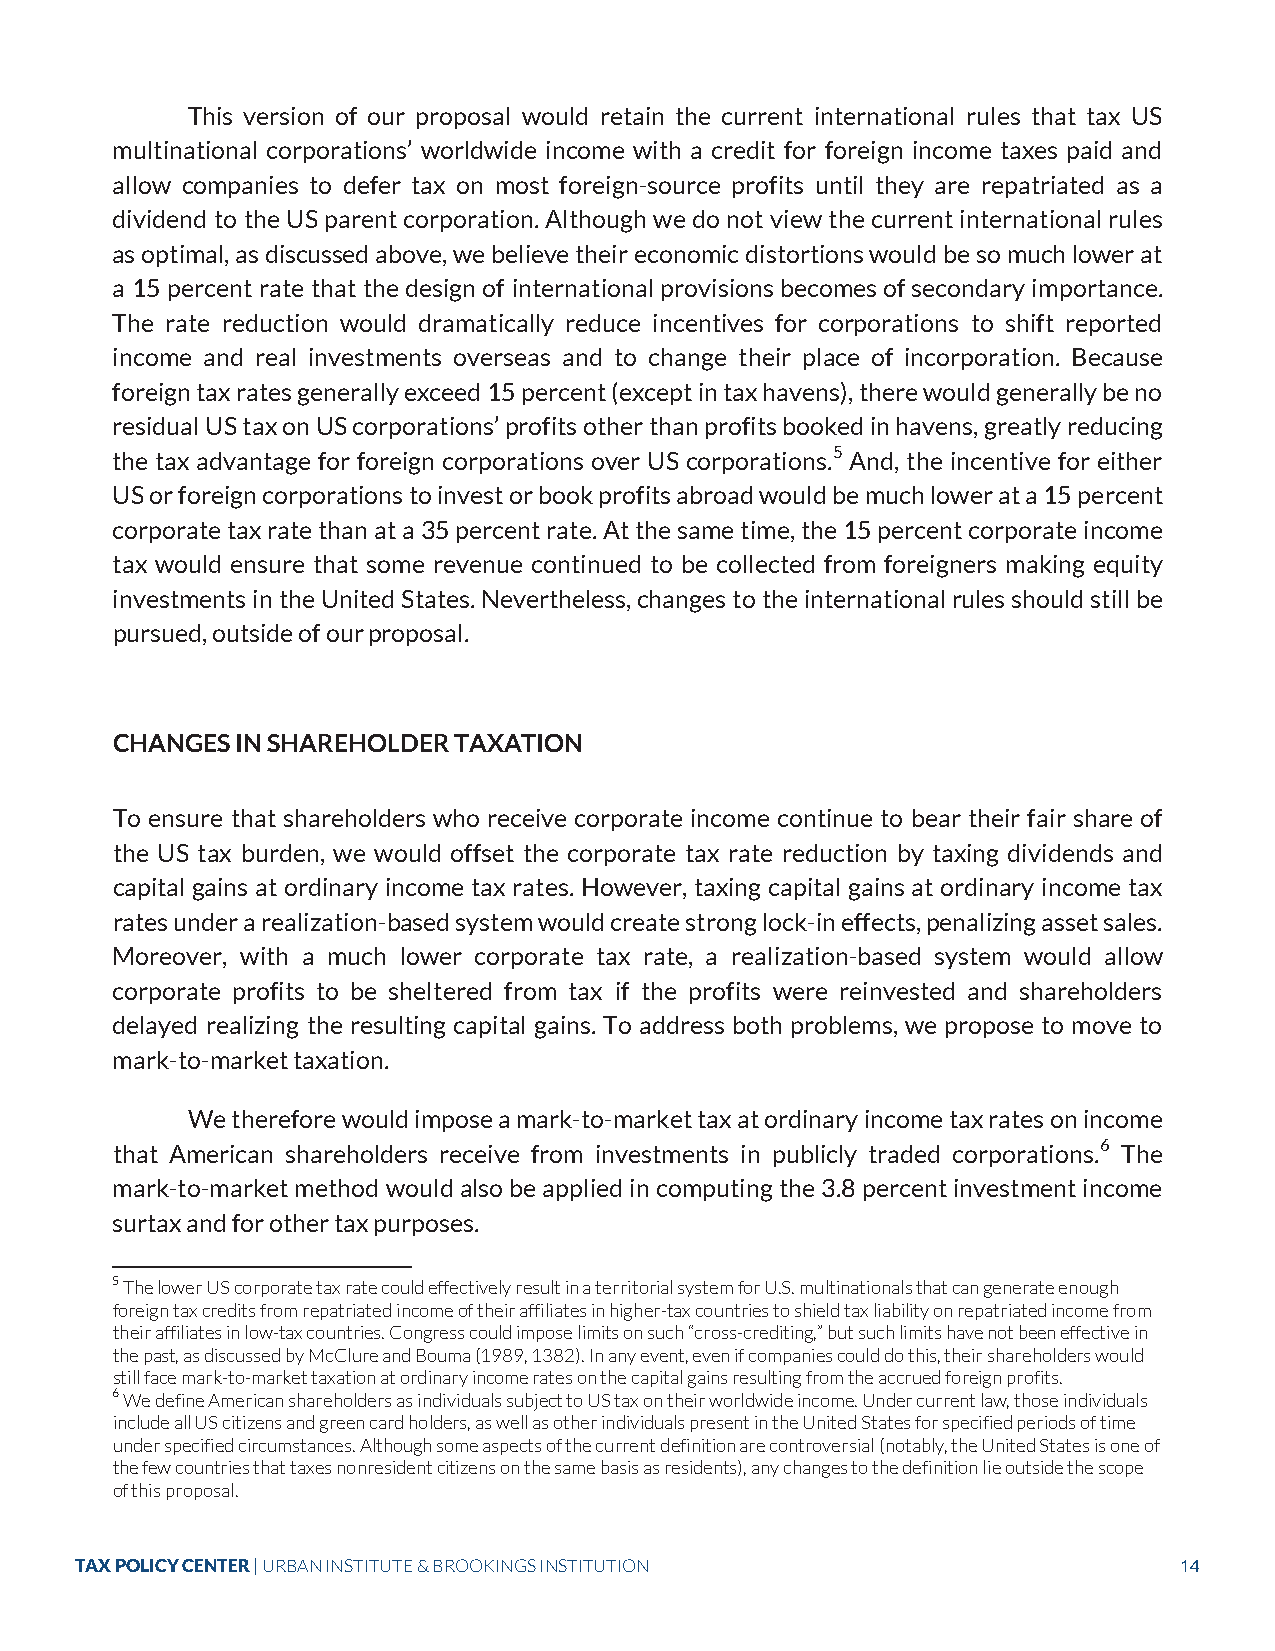
This version of our proposal would retain the current international rules that tax US
 multinational corporations’ worldwide income with a credit for foreign income taxes paid and
 allow companies to defer tax on most foreign-source profits until they are repatriated as a
 dividend to the US parent corporation. Although we do not view the current international rules
 as optimal, as discussed above, we believe their economic distortions would be so much lower at
 a 15 percent rate that the design of international provisions becomes of secondary importance.
 The rate reduction would dramatically reduce incentives for corporations to shift reported
 income and real investments overseas and to change their place of incorporation. Because
 foreign tax rates generally exceed 15 percent (except in tax havens), there would generally be no
 residual US tax on US corporations’ profits other than profits booked in havens, greatly reducing
 the tax advantage for foreign corporations over US corporations.5 And, the incentive for either
 US or foreign corporations to invest or book profits abroad would be much lower at a 15 percent
 corporate tax rate than at a 35 percent rate. At the same time, the 15 percent corporate income
 tax would ensure that some revenue continued to be collected from foreigners making equity
 investments in the United States. Nevertheless, changes to the international rules should still be
 pursued, outside of our proposal.
 CHANGES  IN SHAREHOLDER TAXATION
 To ensure that shareholders who receive corporate income continue to bear their fair share of
 the US tax burden, we would offset the corporate tax rate reduction by taxing dividends and
 capital gains at ordinary income tax rates. However, taxing capital gains at ordinary income tax
 rates under a realization-based system would create strong lock-in effects, penalizing asset sales.
 Moreover, with a much lower corporate tax rate, a realization-based system would allow
 corporate profits to be sheltered from tax if the profits were reinvested and shareholders
 delayed realizing the resulting capital gains. To address both problems, we propose to move to
 mark-to-market taxation.
 We therefore would impose a mark-to-market tax at ordinary income tax rates on income
 that American shareholders receive from investments in publicly traded corporations.6 The
 mark-to-market method would also be applied in computing the 3.8 percent investment income
 surtax and for other tax purposes.
 5 The lower US corporate tax rate could effectively result in a territorial system for U.S. multinationals that can generate enough
 foreign tax credits from repatriated income of their affiliates in higher-tax countries to shield tax liability on repatriated income from
 their affiliates in low-tax countries. Congress could impose limits on such “cross-crediting,” but such limits have not been effective in
 the past, as discussed by McClure and Bouma (1989, 1382). In any event, even if companies could do this, their shareholders would
 still face mark-to-market taxation at ordinary income rates on the capital gains resulting from the accrued foreign profits.
 6 We define American shareholders as individuals subject to US tax on their worldwide income. Under current law, those individuals
 include all US citizens and green card holders, as well as other individuals present in the United States for specified periods of time
 under specified circumstances. Although some aspects of the current definition are controversial (notably, the United States is one of
 the few countries that taxes nonresident citizens on the same basis as residents), any changes to the definition lie outside the scope
 of this proposal.
 TAX POLICY CENTER | URBAN INSTITUTE & BROOKINGS INSTITUTION              14